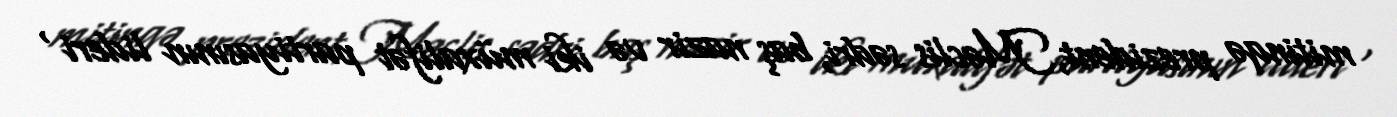
mitinqə prezident,Məclis sədri, baş nazir və iki müxalifət partiyasının lideri ,